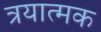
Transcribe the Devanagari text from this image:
त्रयात्मक